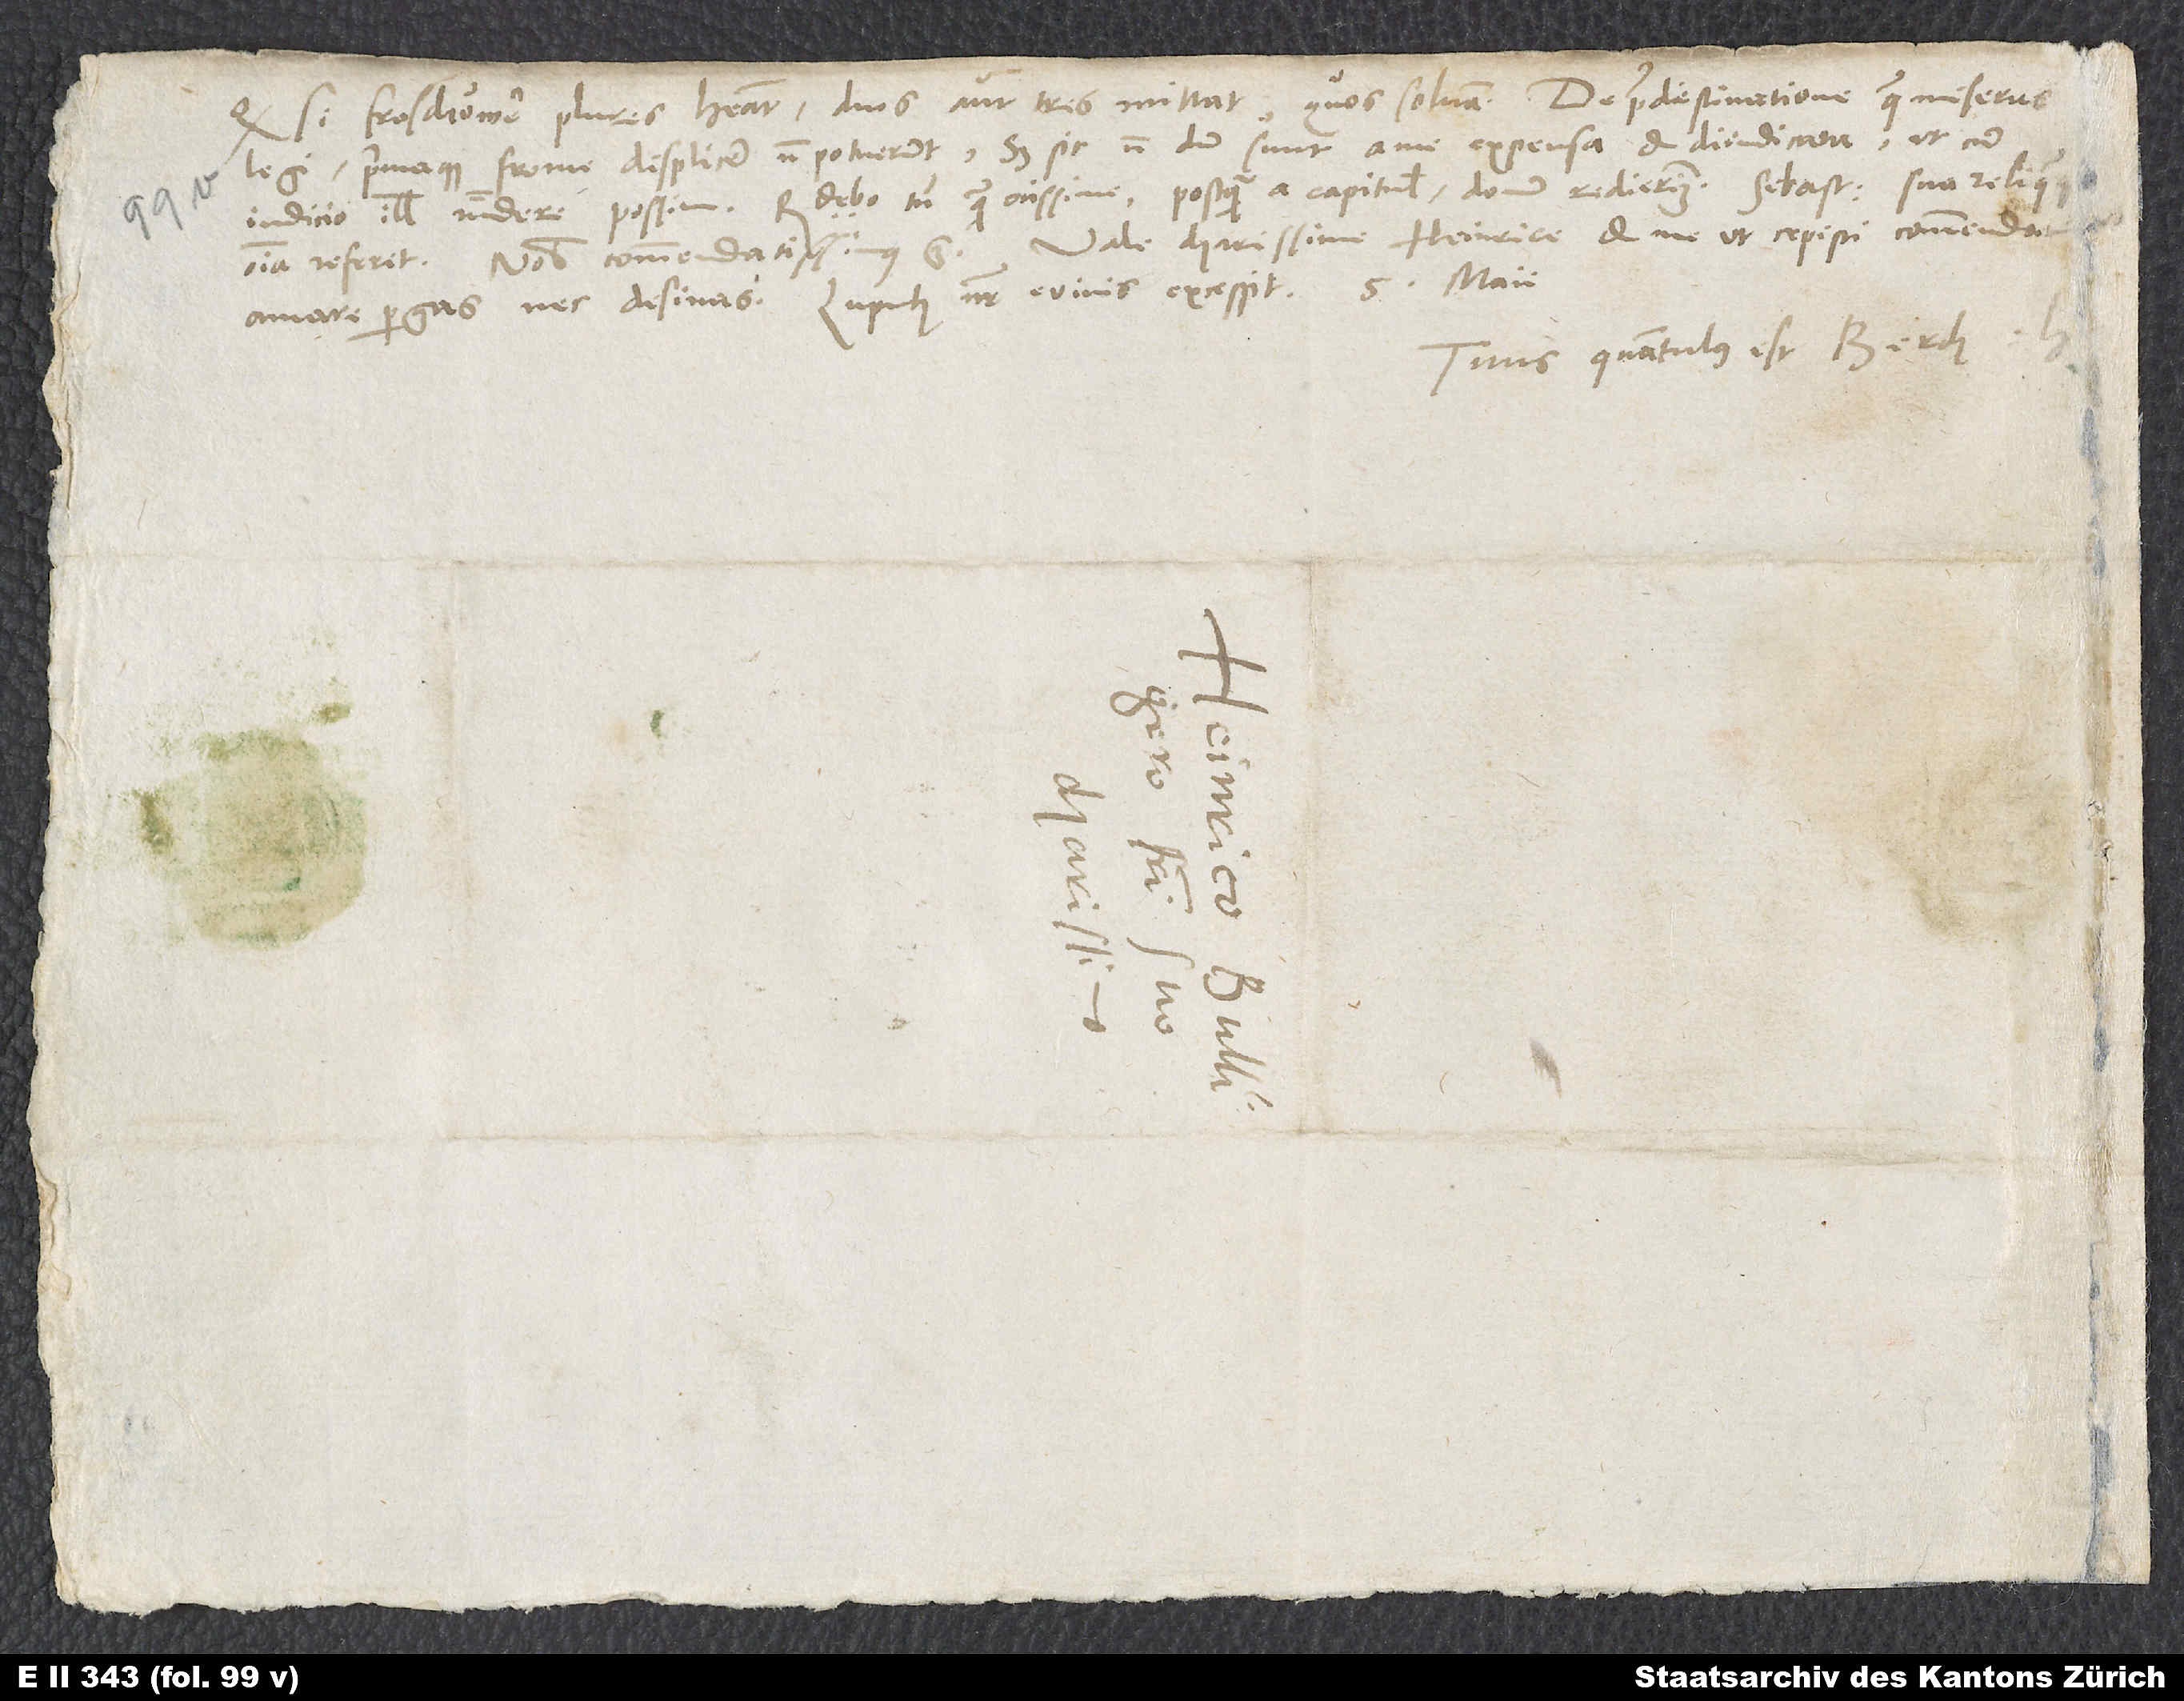
Quodsi Froschouwer plures habeat, duos aut tres mittat, quos solvam. De praedestinatione quae miseras,
legi, primaque fronte displicere non potuerunt. Sed sic nondum sunt a me expensa et diiudicata, ut cum
iudicio illis respondere possim. Respondebo tamen quam ocissime, postquam a capitulis domum redierim. Sebastianus sua reliquaque
Tuus, quantulus est, Berch.
S.